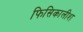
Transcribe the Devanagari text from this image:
फिसिकालीश